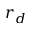
r _ { d }